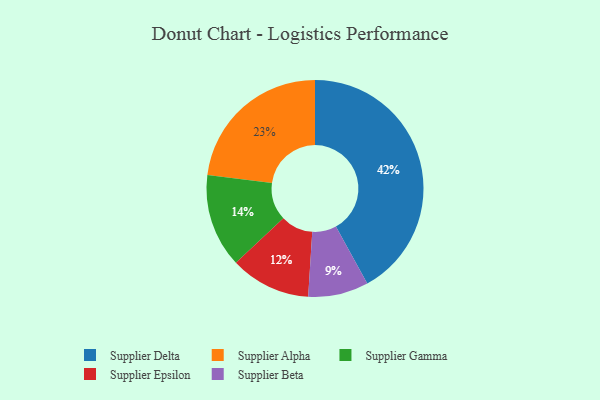
{"axis": {"x": "Category", "y": "Percentage"}, "legend": ["Supplier Alpha", "Supplier Beta", "Supplier Delta", "Supplier Epsilon", "Supplier Gamma"], "data": [{"x": "Supplier Gamma", "y": 14, "type": "Supplier Gamma"}, {"x": "Supplier Alpha", "y": 23, "type": "Supplier Alpha"}, {"x": "Supplier Delta", "y": 42, "type": "Supplier Delta"}, {"x": "Supplier Epsilon", "y": 12, "type": "Supplier Epsilon"}, {"x": "Supplier Beta", "y": 9, "type": "Supplier Beta"}]}